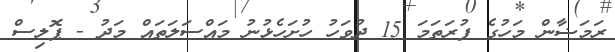
ރަމަޟާން މަހުގެ ފުރަތަމަ 15 ދުވަހު ހުށަހެޅުނު މައްސަލަތައް މަދު - ޕޮލިސް